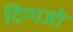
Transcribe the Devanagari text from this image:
दिग्गजो